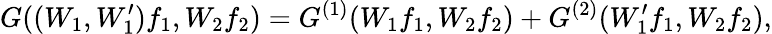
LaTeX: G((W_{1},W_{1}^{\prime})f_{1},W_{2}f_{2})=G^{(1)}(W_{1}f_{1},W_{2}f_{2})+G^{(2)}(W_{1}^{\prime}f_{1},W_{2}f_{2}),